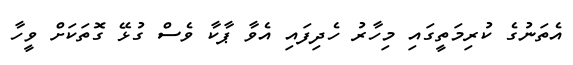
އެތަނުގެ ކުރިމަތީގައި މިހާރު ހެދިފައި އެވާ ޕާކާ ވެސް ގުޅޭ ގޮތަކަށް ވީހާ